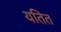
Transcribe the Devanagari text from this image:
यतित